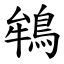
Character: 鴾